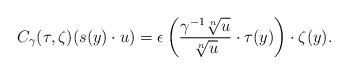
LaTeX: \begin{align*}C_\gamma(\tau, \zeta) (s(y) \cdot u) = \epsilon \left( \frac{ \gamma^{-1} \sqrt[n]{u}}{\sqrt[n]{u}} \cdot \tau(y) \right) \cdot \zeta(y).\end{align*}